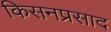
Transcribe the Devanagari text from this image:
किसनप्रसाद